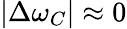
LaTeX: \left|\Delta\omega_{C}\right|\approx 0